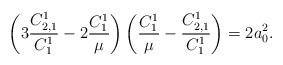
LaTeX: \begin{align*}\left(3\frac{C^1_{2,1}}{C^1_1}-2\frac{C^1_1}{\mu}\right)\left(\frac{C^1_1}{\mu}-\frac{C^1_{2,1}}{C^1_1}\right)=2a_0^2.\end{align*}